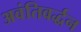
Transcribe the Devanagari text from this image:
अवंतिवर्द्धन